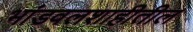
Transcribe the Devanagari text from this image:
भांडवलशाहीतील